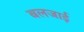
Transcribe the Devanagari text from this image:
बलजाई